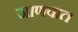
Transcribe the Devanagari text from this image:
जाणवात